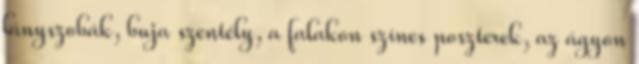
lányszobák, buja szentély, a falakon színes poszterek, az ágyon